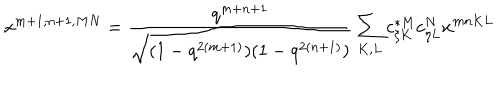
x ^ { m + 1 , n + 1 , M N } = \frac { q ^ { m + n + 1 } } { \sqrt { ( 1 - q ^ { 2 ( m + 1 ) } ) ( 1 - q ^ { 2 ( n + 1 ) } ) } } \sum _ { K , L } c _ { \xi K } ^ { * M } c _ { \eta L } ^ { N } x ^ { m n K L }